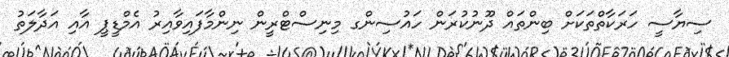
ސިޔާސީ ހަރަކާތްތަކަށް ބިންތައް ދޫނުކުރަން ހައުސިންގ މިނިސްޓްރީން ނިންމާފައިވާއިރު އެމްޑީޕީ އާއި އަދާލަތު